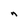
Character: n